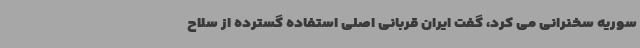
سوریه سخنرانی می کرد، گفت ایران قربانی اصلی استفاده گسترده از سلاح